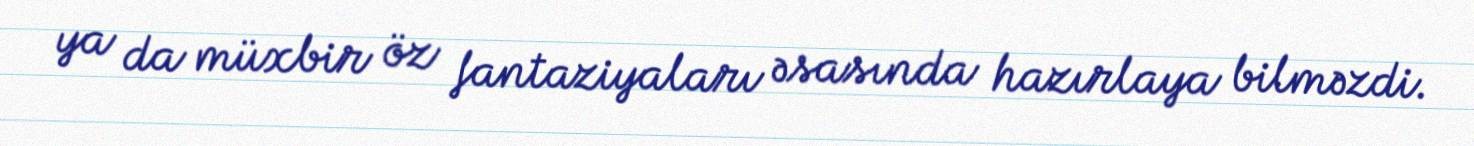
ya da müxbir öz fantaziyaları əsasında hazırlaya bilməzdi.